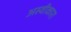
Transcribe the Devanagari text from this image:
अस्वीकारा